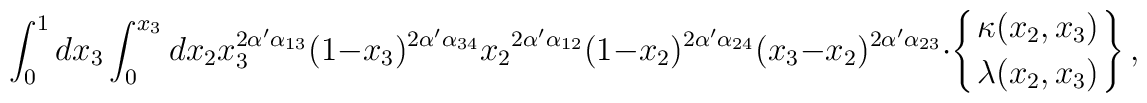
\int_0^1 d x_3\int_0^{x_3} d x_2 x_3^{2 \alpha' \alpha_{13}} (1-x_3)^{2 \alpha'  \alpha_{34}} {x_2}^{2 \alpha' \alpha_{12}} (1-x_2)^{2 \alpha'  \alpha_{24}} (x_3-x_2)^{2 \alpha' \alpha_{23}} \cdot\left\{ {\kappa(x_2,x_3) \atop \lambda(x_2,x_3)}\right\},